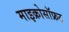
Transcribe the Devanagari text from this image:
माइक्रोसॉफ्रट